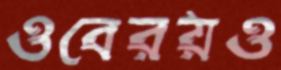
ওবেরয়ও